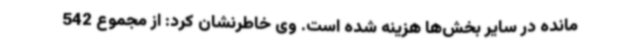
‌مانده در سایر بخش‌ها هزینه شده است. وی خاطرنشان کرد: از مجموع 542